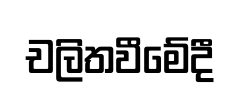
චලිතවීමේදී